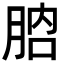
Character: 𦛚